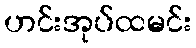
ဟင်းအုပ်ထမင်း